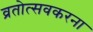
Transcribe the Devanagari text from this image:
व्रतोत्सवकरना